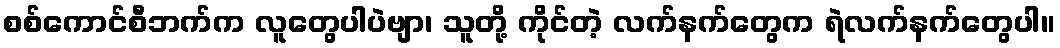
စစ်ကောင်စီဘက်က လူတွေပါပဲဗျာ၊ သူတို့ ကိုင်တဲ့ လက်နက်တွေက ရဲလက်နက်တွေပါ။